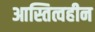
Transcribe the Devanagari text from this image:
आस्तित्वहीन